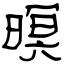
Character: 暝